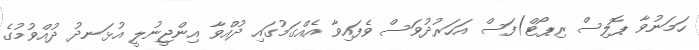
ހަމަނުވާ ޕޮލިސް ރިޕޯޓް)ފަސް އަހަރުދުވަސް ވެފައިވާ އެއްގަމުގައި ދުއްވާ އިންޖީނުލީ އުޅަނދު ދުއްވުމުގެ